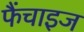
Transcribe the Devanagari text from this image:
फैंचाइज